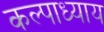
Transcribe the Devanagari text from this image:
कल्पाध्याय